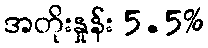
အတိုးနှုန်း 5.5%